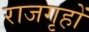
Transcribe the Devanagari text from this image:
राजगृहों